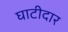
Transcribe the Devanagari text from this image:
घाटीदार